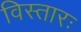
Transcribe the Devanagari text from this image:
विस्तारः